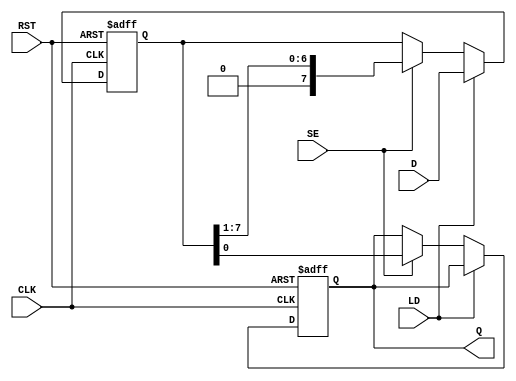
module PISO_Register #(
    parameter WIDTH = 8 // Define the width of the register
)(
    input wire [WIDTH-1:0] D,      // Parallel data input
    input wire SE,                  // Shift Enable
    input wire LD,                  // Load
    input wire CLK,                 // Clock
    input wire RST,                 // Reset
    output reg Q                   // Serial output
);

    // Internal storage (flip-flops)
    reg [WIDTH-1:0] shift_reg;      // Shift register to hold data

    always @(posedge CLK or posedge RST) begin
        if (RST) begin
            shift_reg <= 0; // Asynchronous reset
            Q <= 0;         // Clear output
        end else begin
            if (LD) begin
                shift_reg <= D; // Load the data input into the shift register
            end else if (SE) begin
                Q <= shift_reg[0]; // Output the LSB to Q
                shift_reg <= {1'b0, shift_reg[WIDTH-1:1]}; // Shift right
            end
        end
    end

endmodule